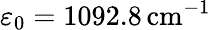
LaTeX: \varepsilon_{0}=1092.8\, \mathrm{cm}^{-1}